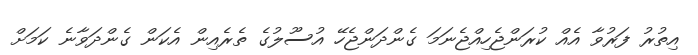
އިތުރު ފަރުވާ އެއް ކުރަންޖެހިއްޖެނަމަ ގެންދަންޖެހޭ އުސޫލުގެ ތެރެއިން އެކަން ގެންދަވާނެ ކަމަށް